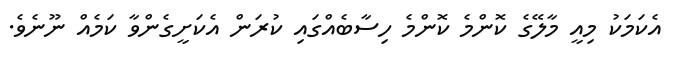
އެކަމަކު މިއީ މާލޭގެ ކޮންމެ ކޮންމެ ހިސާބެއްގައި ކުރަން އެކަށީގެންވާ ކަމެއް ނޫނެވެ.